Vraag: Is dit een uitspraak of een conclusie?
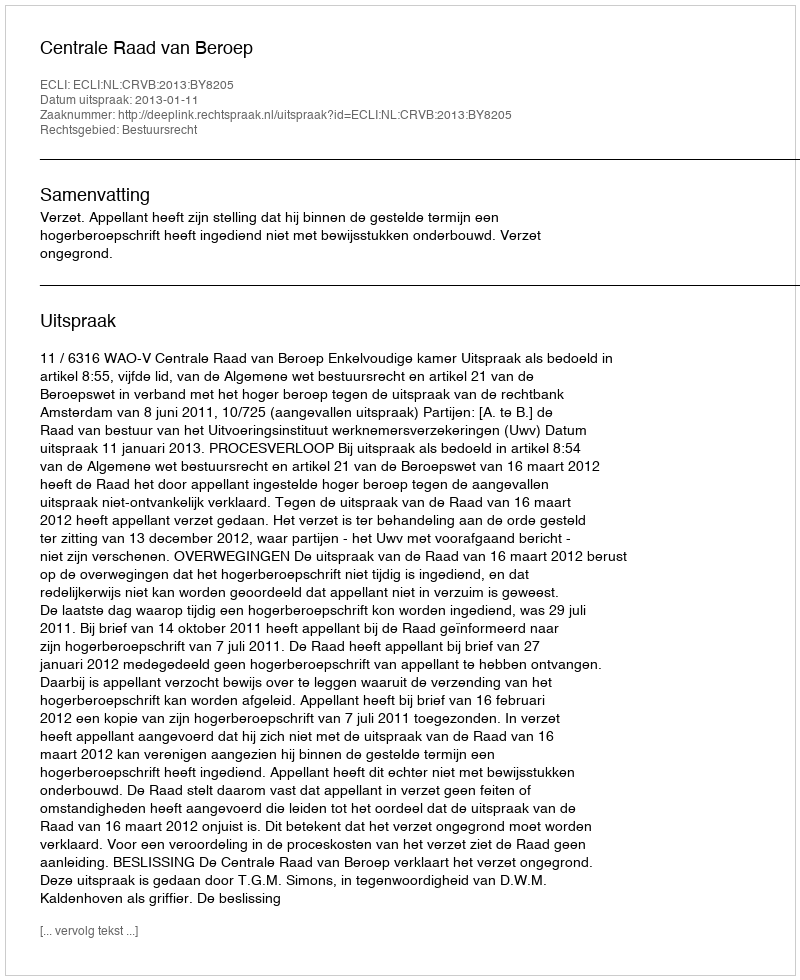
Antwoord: Uitspraak